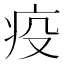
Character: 疫